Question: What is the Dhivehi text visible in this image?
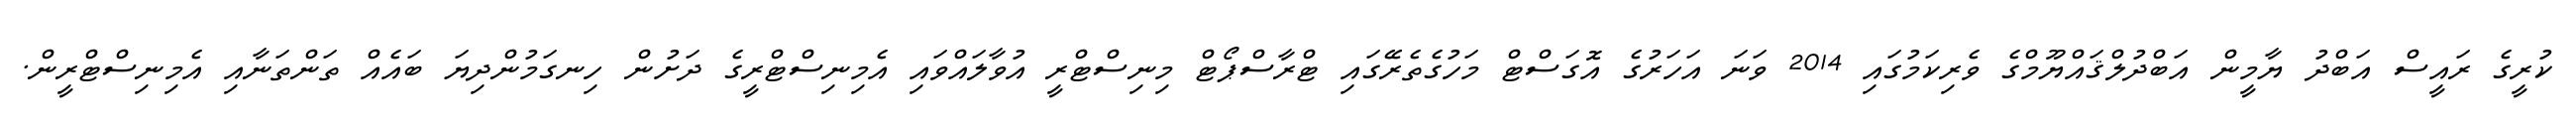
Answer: ކުރީގެ ރައީސް އަބްދު ޔާމީން އަބްދުލްޤައްޔޫމްގެ ވެރިކަމުގައި 2014 ވަނަ އަހަރުގެ އޮގަސްޓް މަހުގެތެރޭގައި ޓްރާސްޕޯޓް މިނިސްޓްރީ އުވާލައްވައި އެމިނިސްޓްރީގެ ދަށުން ހިނގަމުންދިޔަ ބައެއް ތަންތަނާއި އެމިނިސްޓްރީން.